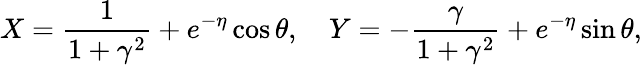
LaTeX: X=\frac{1}{1+\gamma^{2}}+e^{-\eta}\cos\theta,\quad Y=-\frac{\gamma}{1+\gamma^{2}}+e^{-\eta}\sin\theta,